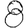
Digit: 8